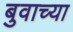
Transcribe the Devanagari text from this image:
बुवाच्या